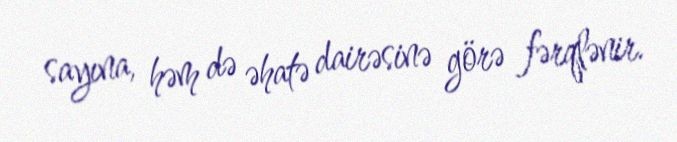
sayına, həm də əhatə dairəsinə görə fərqlənir.